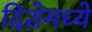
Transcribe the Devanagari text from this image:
दिशेमध्ये